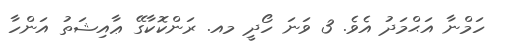
ހަމްނާ އަޙްމަދު އެވެ. 3 ވަނަ ހޯދީ މއ. ރަންކޮކާގޭ ޢާއިޝަތު އަންހާ